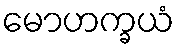
မောဟက္ခယံ